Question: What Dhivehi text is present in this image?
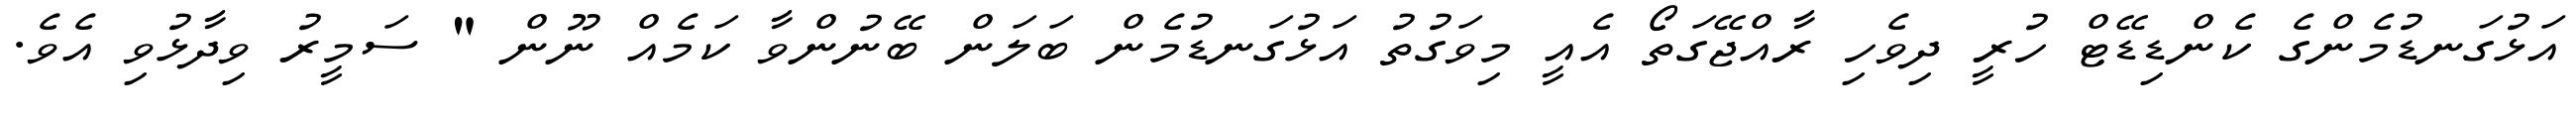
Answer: އަޅުގަނޑުމެންގެ ކެންޑިޑޭޓް ހުރީ ދިވެހި ރާއްޖޭގަތޯ އެއީ މިވަގުތު އަޅުގަނޑުމެން ބަލަން ބޭނުންވާ ކަމެއް ނޫން " ސަމީރު ވިދާޅުވި އެވެ.